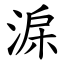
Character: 淭